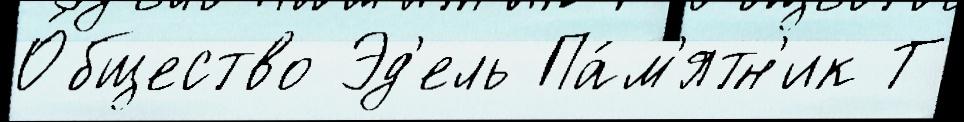
О́бщество Эд'ель Па́м'ятн'ик Т